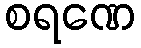
စရဏေ